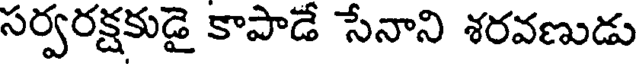
సర్వరక్షకుడై కాపాడే సేనాని శరవణుడు